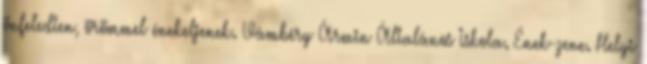
önfeledten, örömmel énekeljenek. Vámbéry Ármin Általános Iskola. Ének-zene. Helyi